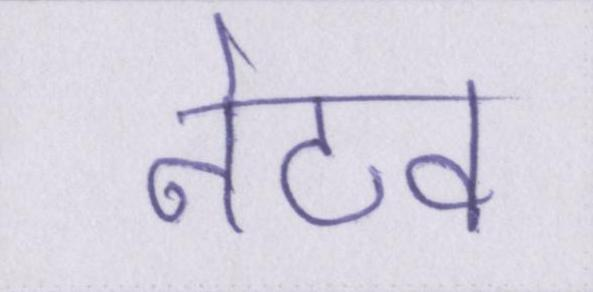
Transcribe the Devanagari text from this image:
नेटव